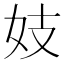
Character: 妓